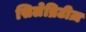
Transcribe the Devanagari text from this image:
सिलेब्रिटीज़